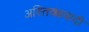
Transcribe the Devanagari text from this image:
अस्तिक्यवादी